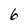
Character: 6